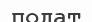
подат